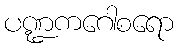
ပဏ္ဍကဂေါစရော